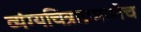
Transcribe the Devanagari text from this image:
व्यंग्यचित्राप्रमाणेच